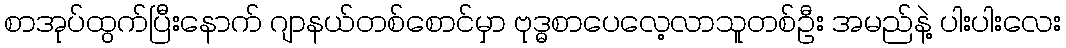
စာအုပ်ထွက်ပြီးနောက် ဂျာနယ်တစ်စောင်မှာ ဗုဒ္ဓစာပေလေ့လာသူတစ်ဦး အမည်နဲ့ ပါးပါးလေး